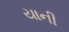
યાની